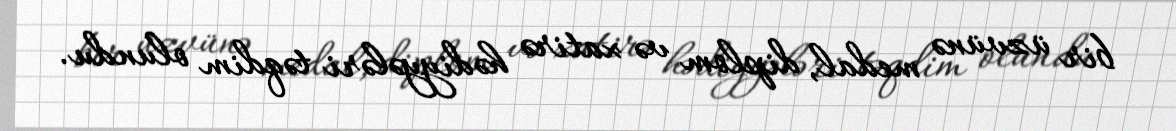
bir üzvünə medal, diplom və xatirə hədiyyələri təqdim olundu.